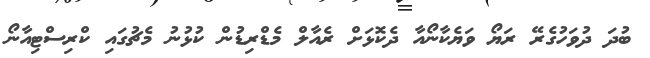
ބުދަ ދުވަހުގެރޭ ރަޔޯ ވަޔެކާނޯއާ ދެކޮޅަށް ރެއާލް މެޑްރިޑުން ކުޅުނު މެޗުގައި ކްރިސްޓިއާނޯ